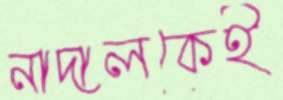
নাদালকেই